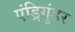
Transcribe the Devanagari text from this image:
एंड्रिगुंडर